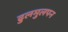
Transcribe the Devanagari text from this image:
ढुलमुलपन